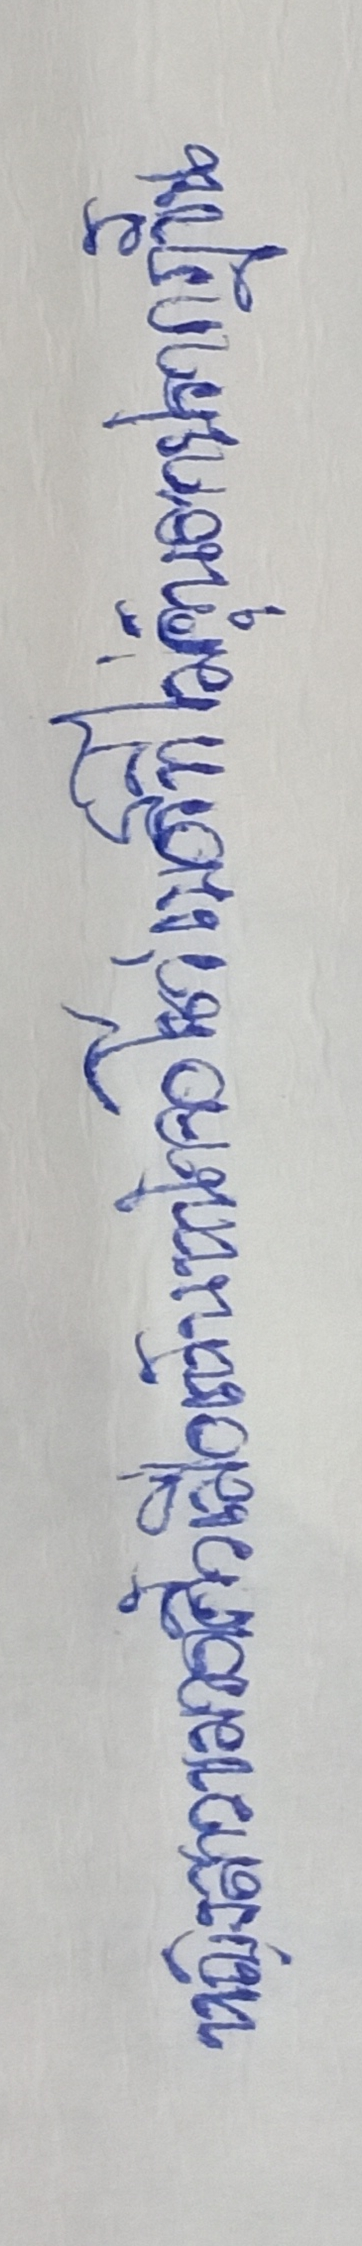
หญิงสาวขมวดคิ้วเมื่อเห็นหน้าจอโชว์เบอร์ที่ไม่คุ้นตาปรากฏขึ้น